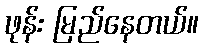
ဖုန်း မြည်နေတယ်။